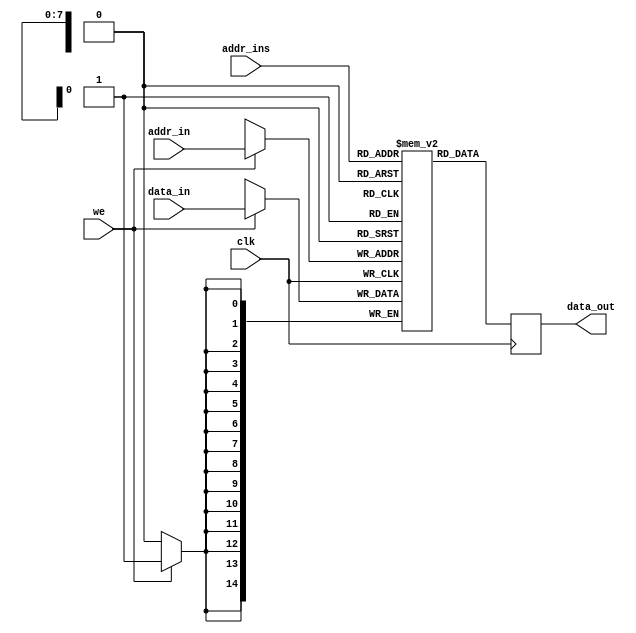
//instruction_MEMORY code (data bus 60 bits) & (address bus 8 bits).
module instruction_mem (clk,we,addr_ins,addr_in,data_in,data_out) ;
 parameter addr_w=8,data_w=15;

input  clk,we;
input  [addr_w-1:0] addr_ins,addr_in; 
input  [data_w-1:0] data_in;
output reg[data_w-1:0] data_out;

reg [data_w-1:0] instr_mem [2**addr_w-1:0] ;

always@ (posedge clk)
begin
 if (we) 
  begin
   instr_mem[addr_in] <= data_in ;
  end	
  
	data_out = instr_mem[addr_ins] ;
end
endmodule